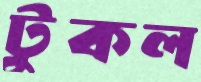
টুকল